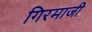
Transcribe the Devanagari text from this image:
गिरमाजी